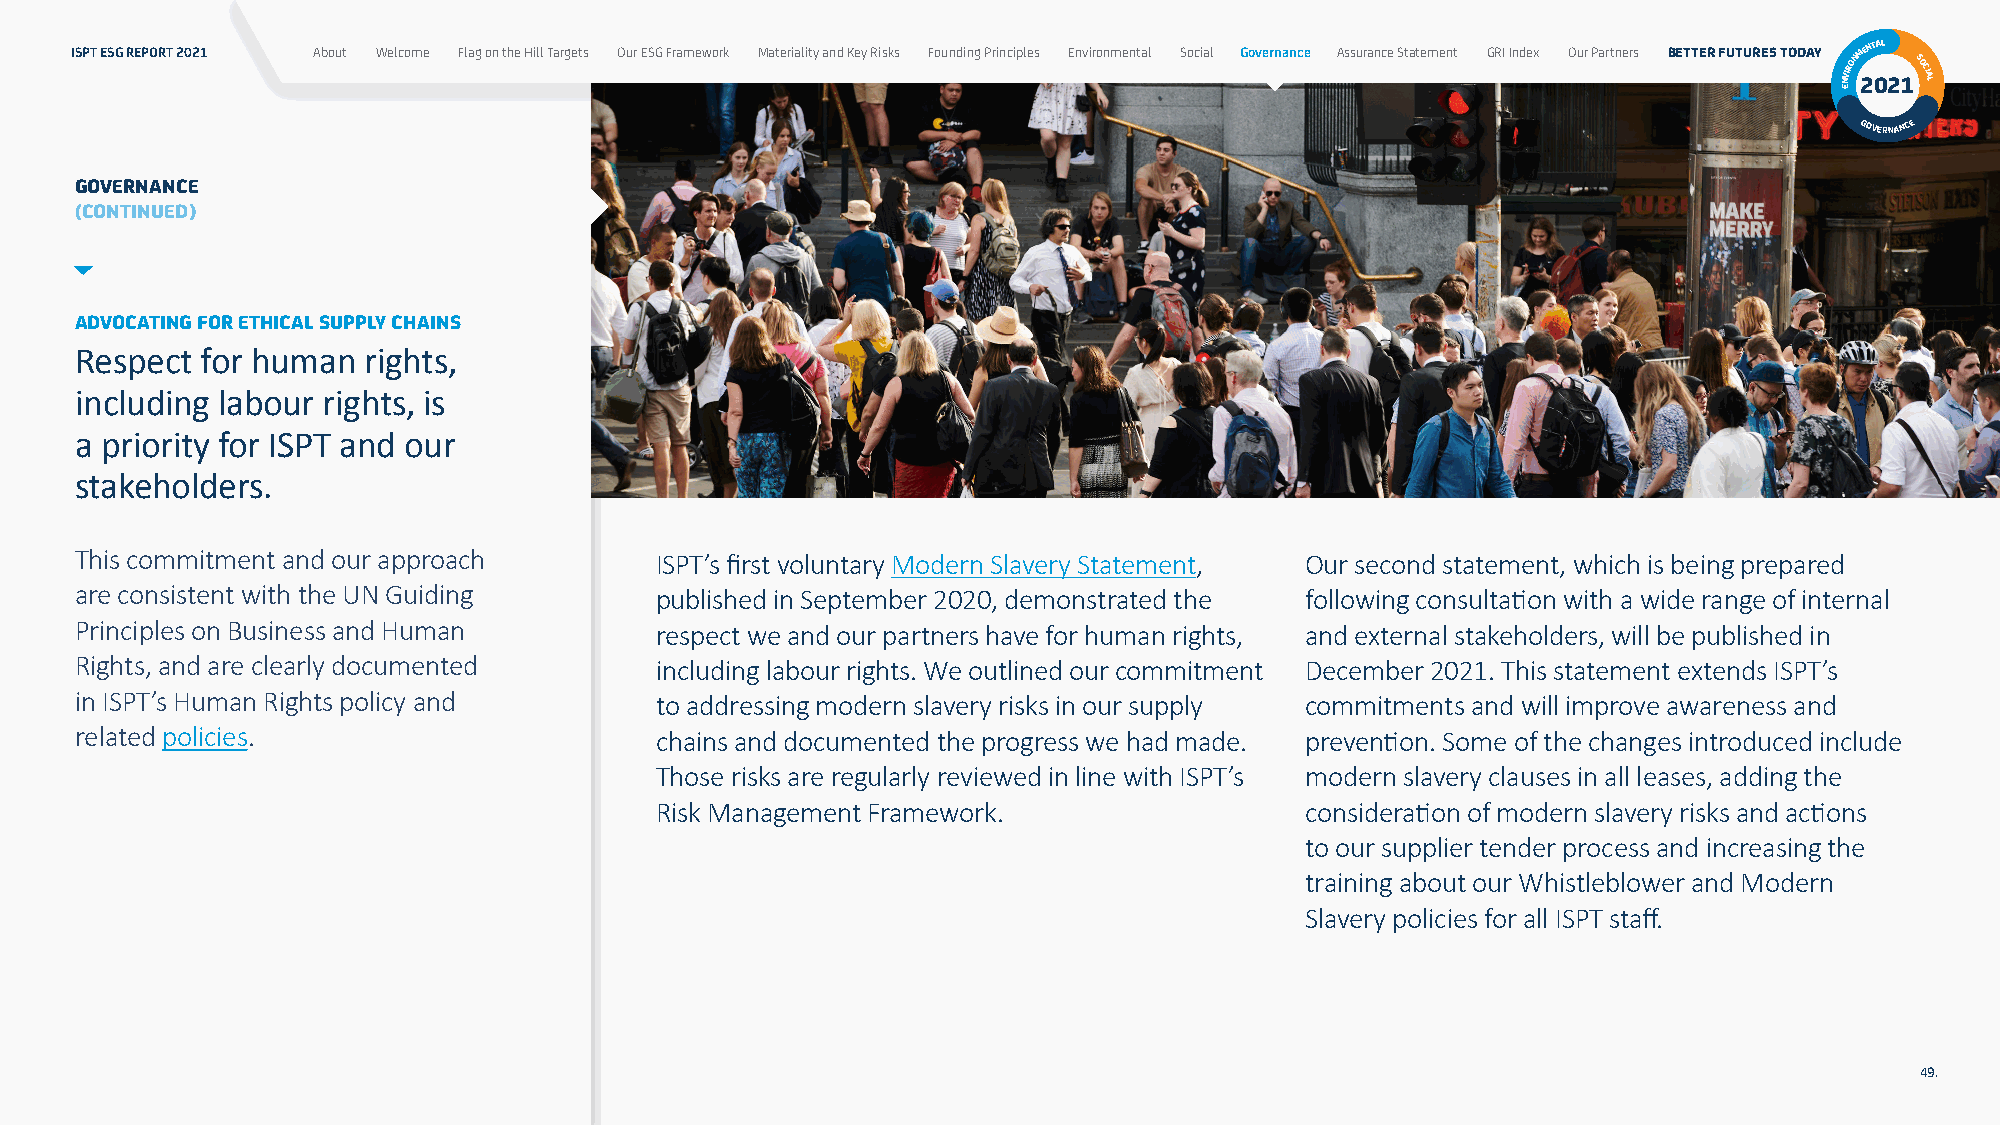
ISPT ESG REPORT 2021 About Welcome Flag on the Hill Targets Our ESG Framework Materiality and Key Risks Founding Principles Environmental Social Governance Assurance Statement GRI Index Our Partners BETTER FUTURES TODAY NVIRONM 2ENT 0AL
 21SOCIAL
 E
 GOVERNANCE
 GOVERNANCE
 (CONTINUED)
 ADVOCATING FOR ETHICAL SUPPLY CHAINS
 Respect for human  rights,
 including labour rights, is
 a priority for ISPT and our
 stakeholders.
 This commitment and our approach      ISPT’s first voluntary Modern Slavery Statement, Our second statement, which is being prepared
 are consistent with the UN Guiding    published in September 2020, demonstrated the following consultation with a wide range of internal
 Principles on Business and Human      respect we and our partners have for human rights, and external stakeholders, will be published in
 Rights, and are clearly documented    including labour rights. We outlined our commitment December 2021. This statement extends ISPT’s
 in ISPT’s Human Rights policy and     to addressing modern slavery risks in our supply commitments and will improve awareness and
 related policies.                     chains and documented the progress we had made. prevention. Some of the changes introduced include
 Those risks are regularly reviewed in line with ISPT’s modern slavery clauses in all leases, adding the
 Risk Management Framework.                 consideration of modern slavery risks and actions
 to our supplier tender process and increasing the
 training about our Whistleblower and Modern
 Slavery policies for all ISPT staff.
 49.